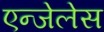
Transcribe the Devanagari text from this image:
एन्जेलेस